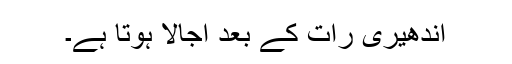
اندھیری رات کے بعد اجالا ہوتا ہے۔